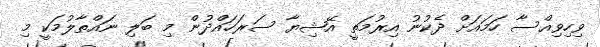
ވިހިވިއްސާ ހަމައަށް ދެކުނު އިރުމަތީ އޭޝިޔާ ސަރަހައްދުން މި ބަލި ނައްތާލުމަކީ މި